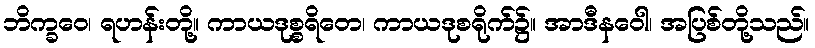
ဘိက္ခဝေ၊ ရဟန်းတို့။ ကာယဒုစ္စရိတေ၊ ကာယဒုစရိုက်၌။ အာဒီနဝေါ၊ အပြစ်တို့သည်။